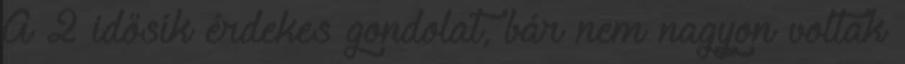
A 2 idősík érdekes gondolat, bár nem nagyon voltak